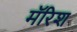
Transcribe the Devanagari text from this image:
मॅरिश